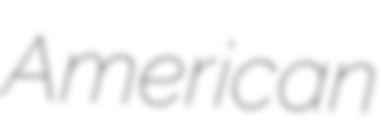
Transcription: American